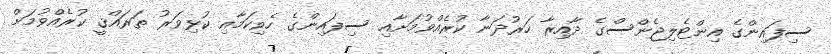
ސިފައިންގެ އިންޓެލިޖެންސްގެ ދާއިރާ ހަރުދަނާ ކުރެއްވުމަށާއި ސިފައިންގެ ހެވިކަމާއި ކުޅިވަރު ތަރައްޤީ ކުރެއްވުމަށް